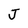
Character: J